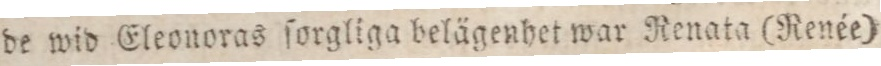
de wid Eleonoras ſorgliga belägenhet war Renata (Renée)